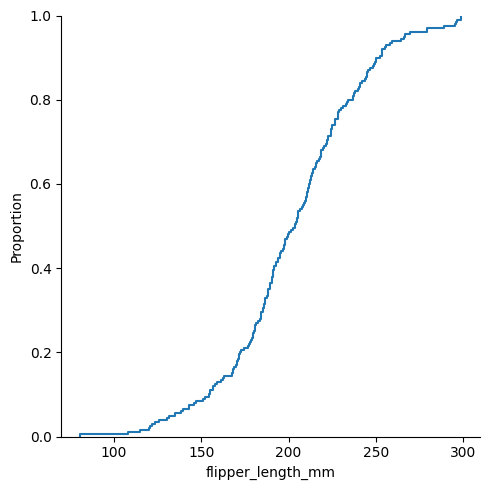
python, seaborn, displot, kind='ecdf', column='flipper_length_mm', hue='all', height=5, aspect=1.0